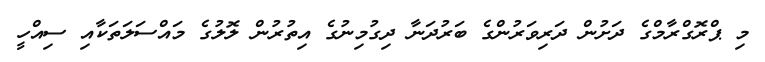
މި ޕްރޮގްރާމްގެ ދަށުން ދަރިވަރުންގެ ބަރުދަނާ ދިގުމިނުގެ އިތުރުން ލޮލުގެ މައްސަލަތަކާއި ސިއްހީ